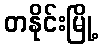
တနိုင်းမြို့